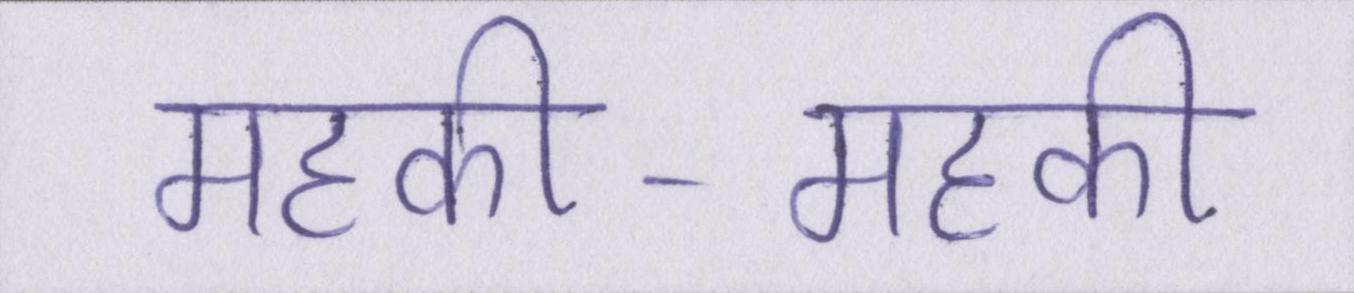
महकी-महकी